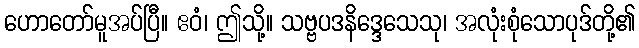
ဟောတော်မူအပ်ပြီ။ ဧဝံ၊ ဤသို့။ သဗ္ဗပဒနိဒ္ဒေသေသု၊ အလုံးစုံသောပုဒ်တို့၏